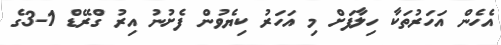
އެހެން އަހަރުތަކާ ހިލާފަށް މި އަހަރު ކިޔެވުން ފެށުނު އިރު ގްރޭޑް 1-3ގެ